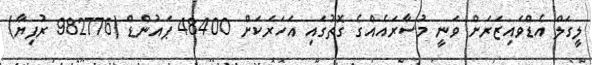
ލީގަލް އެޑްވައިޒަރަށް ވަނީ މުސާރައެއްގެ ގޮތުގައި އަހަރަކަށް 48400 ޕައުންޑް (982776 ރުފިޔާ)